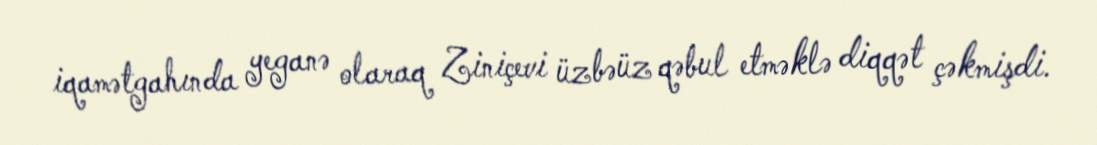
iqamətgahında yeganə olaraq Ziniçevi üzbəüz qəbul etməklə diqqət çəkmişdi.